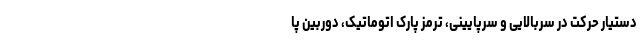
دستیار حرکت در سربالایی و سرپایینی، ترمز پارک اتوماتیک، دوربین پا